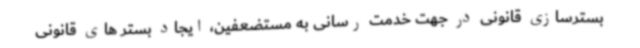
بسترسازی قانونی در جهت خدمت رسانی به مستضعفین، ایجاد بستر های قانونی